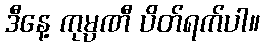
ဒီနေ့ ကုမ္ပဏီ ပိတ်ရက်ပါ။